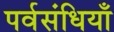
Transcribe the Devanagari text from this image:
पर्वसंधियाँ